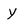
Character: Y